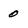
Character: 0